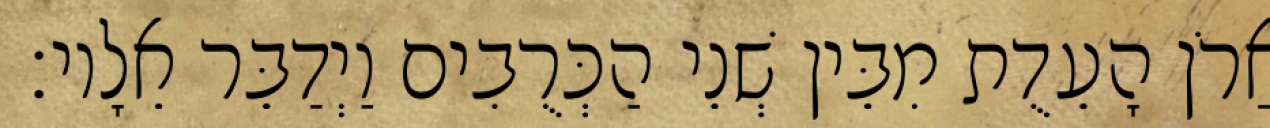
אֲרֹן הָעֵדֻת מִבֵּין שְׁנֵי הַכְּרֻבִים וַיְדַבֵּר אֵלָיו׃